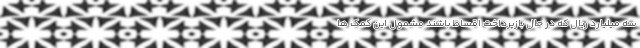
سه میلیارد ریال که در حال بازپرداخت اقساط باشند مشمول این کمک ها